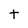
Character: t